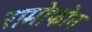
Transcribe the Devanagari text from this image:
रामोफोन